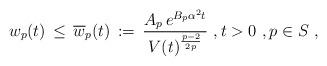
LaTeX: \begin{align*} w_p(t) \,\le\, \overline w_p(t) \,:=\, \frac{A_p\,e^{B_p \alpha^2t}}{ V(t)^{\frac{p-2}{2p}}}~, t > 0~, p \in S~,\end{align*}